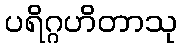
ပရိဂ္ဂဟိတာသု